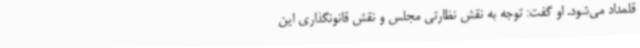
قلمداد می‌شود. او گفت: توجه به نقش نظارتی مجلس و نقش قانونگذاری این